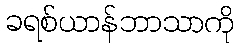
ခရစ်ယာန်ဘာသာကို